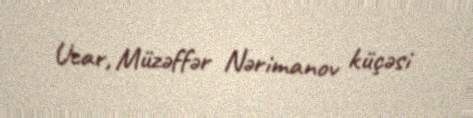
Ucar, Müzəffər Nərimanov küçəsi